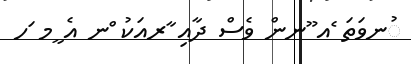
ުނވަތަ ެއ ޫނން ވެސް ދާއި ާރއަކު ްނ އެ ީމ ަހ